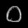
Digit: ၀